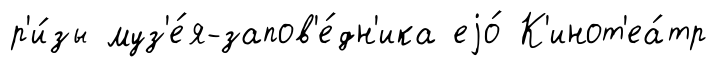
р'и́зы муз'е́я-запов'е́дн'ика еjо́ К'инот'еа́тр